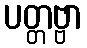
ပတ္တဗ္ဗာ